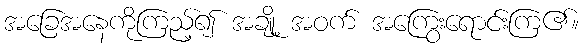
အခြေအနေကိုကြည့်၍ အချို့ အဝက် အကြွေးရောင်းကြ၏။